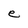
Character: e